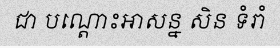
ជា បណ្តោះអាសន្ន សិន ទំរាំ